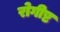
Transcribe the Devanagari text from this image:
रोगीष्ट